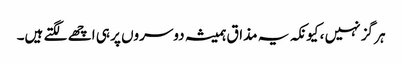
ہر گز نہیں ، کیونکہ یہ مذاق ہمیشہ دوسروں پر ہی اچھے لگتے ہیں۔